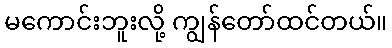
မကောင်းဘူးလို့ ကျွန်တော်ထင်တယ်။